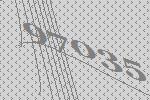
97035